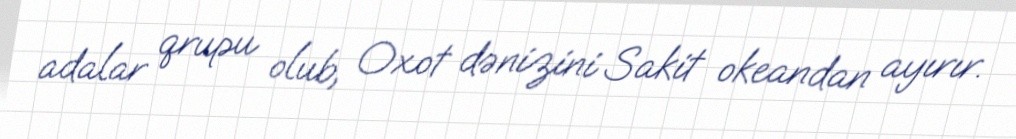
adalar qrupu olub, Oxot dənizini Sakit okeandan ayırır.